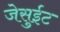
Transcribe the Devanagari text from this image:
जेसुईट